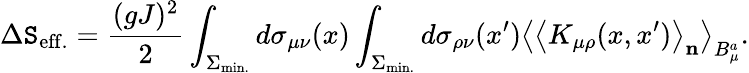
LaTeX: \Delta\mathtt{S}_{\mathrm{{eff.}}}=\frac{{(gJ)^{2}}}{{2}}\int_{\Sigma_{\mathrm{{min.}}}}^{}d\sigma_{\mu\nu}(x)\int_{\Sigma_{\mathrm{{min.}}}}^{}d\sigma_{\rho\nu}(x^{\prime})\left<\left<K_{\mu\rho}(x,x^{\prime})\right>_{\mathbf{n}}\right>_{B_{\mu}^{a}}.